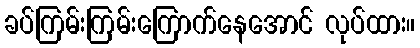
ခပ်ကြမ်းကြမ်းကြောက်နေအောင် လုပ်ထား။